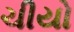
ચીયો